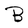
Character: B